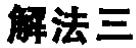
解法三